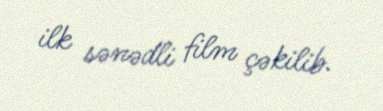
ilk sənədli film çəkilib.